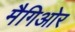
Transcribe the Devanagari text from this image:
मैगिओर